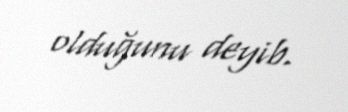
olduğunu deyib.